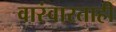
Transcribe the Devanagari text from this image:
वारंवारताही